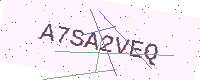
Text: A7SA2VEQ